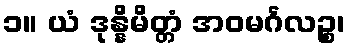
၁။ ယံ ဒုန္နိမိတ္တံ အဝမင်္ဂလဉ္စ၊